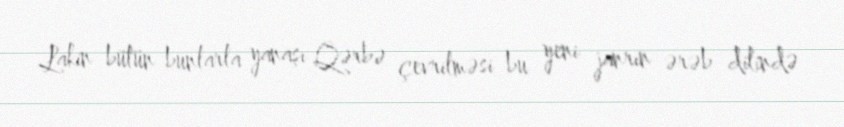
Lakin bütün bunlarla yanaşı Qərbə çevrilməsi bu yeni janrın ərəb dilində